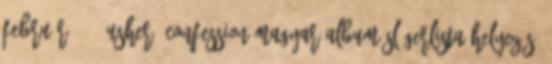
február 6. ↑ Usher, Confession magyar album slágerlista helyezés.